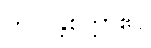
ကိလန္တစိတ္တာဧဝ